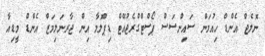
ނޮލެޖް އެންޑް ހިއުމަން ސައިންސަސް ޕޯސްޓްގްރެޖުއޭޓް ޑިޕްލޮމާ އިން ޖާރނަލިމަޒް އެންޑް މީޑިއާ